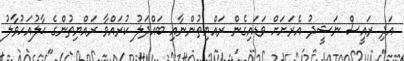
އަދި ރައީސް ނަޝީދު އެރަށަށް ވަޑައިގެން ރައްޔިތުންނާއި ބައްދަލު ކުރައްވާ ރައްޔިތުންގެ ޙާލުއަހުވާލު